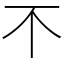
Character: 𣎴